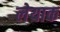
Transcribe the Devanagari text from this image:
लेयाक